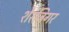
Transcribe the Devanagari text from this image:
शेरज़िगर